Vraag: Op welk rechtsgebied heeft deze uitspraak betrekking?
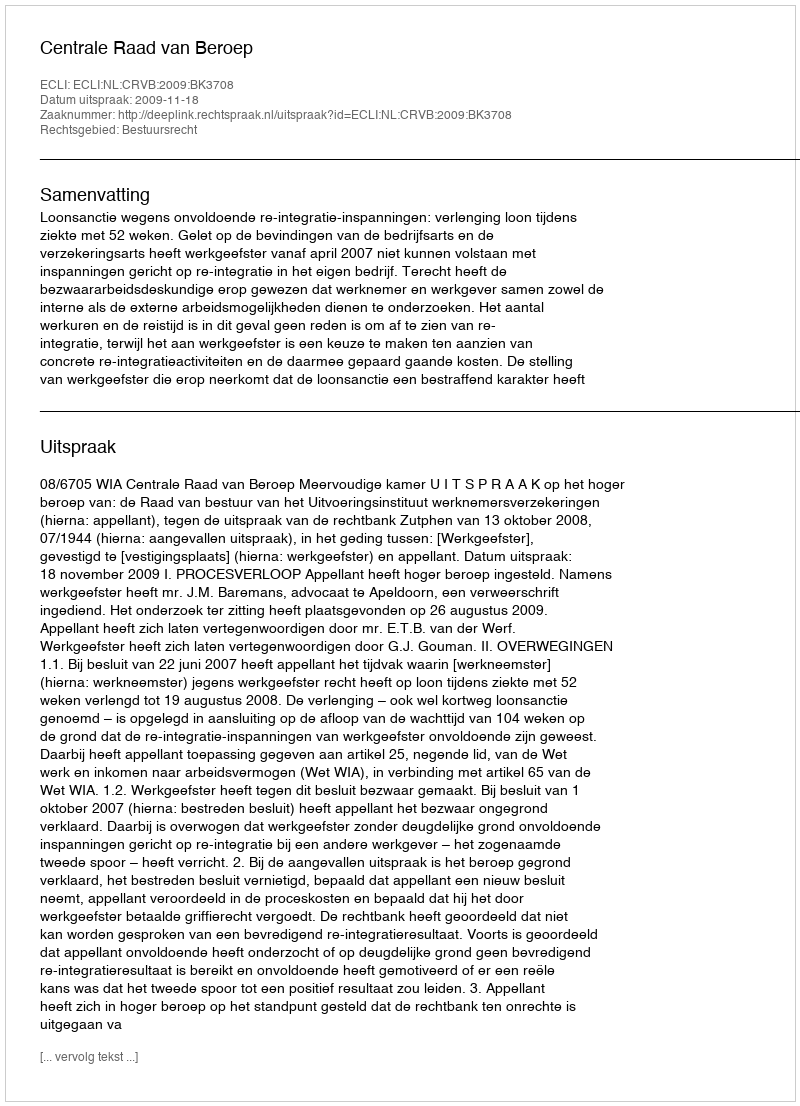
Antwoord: Bestuursrecht